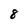
Character: 8